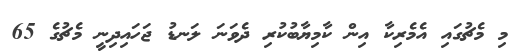
މި މެޗުގައި އެމެރިކާ އިން ކާމިޔާބުކުރި ދެވަނަ ލަނޑު ޖަހައިދިނީ މެޗުގެ 65